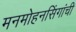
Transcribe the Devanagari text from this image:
मनमोहनसिंगांची